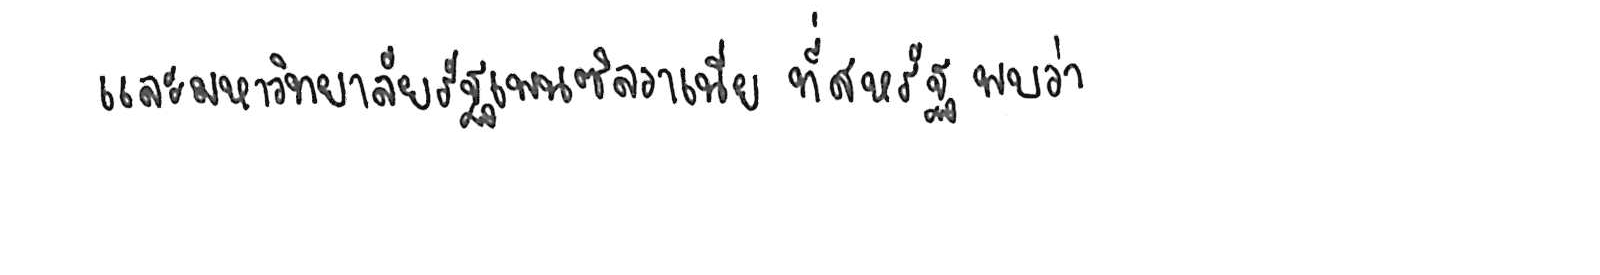
และมหาวิทยาลัยรัฐเพนซิลวาเนีย ที่สหรัฐ พบว่า